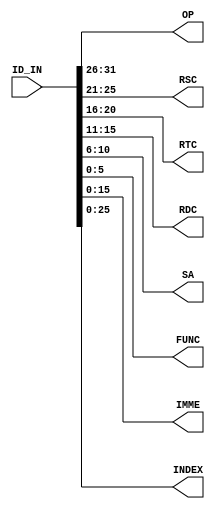
`timescale 1ns / 1ps
module ID
(
    ID_IN, 
    OP, 
    RSC, 
    RTC, 
    RDC, 
    SA, 
    FUNC, 
    IMME, 
    INDEX
);
	input [31:0]ID_IN;

	output [5:0]OP;
	output [4:0]RSC;
	output [4:0]RTC;
	output [4:0]RDC;
	output [4:0]SA;
	output [5:0]FUNC;
	output [15:0]IMME;
	output [25:0]INDEX;

	assign OP    = ID_IN[31:26];
	assign RSC   = ID_IN[25:21];
	assign RTC   = ID_IN[20:16];
	assign RDC   = ID_IN[15:11];
	assign SA    = ID_IN[10:6];
	assign FUNC  = ID_IN[5:0];
	assign IMME  = ID_IN[15:0];
	assign INDEX = ID_IN[25:0];
endmodule